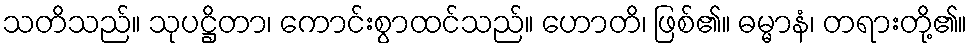
သတိသည်။ သုပဋ္ဌိတာ၊ ကောင်းစွာထင်သည်။ ဟောတိ၊ ဖြစ်၏။ ဓမ္မာနံ၊ တရားတို့၏။